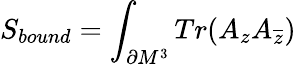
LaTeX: S_{bound}=\int_{\partial M^{3}}Tr(A_{z}A_{\overline{{{z}}}})